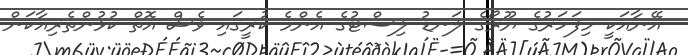
އޭނާއަކީ މިފަހަރުގެ ޔޫރޯގެ ލަނޑު ލިސްޓުގެ އެންމެ ކުރީގައި ވެސް އޮތް ކުޅުންތެރިއާކަން